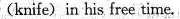
(knife) in his free time.